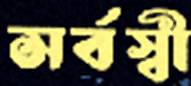
সর্বস্বী